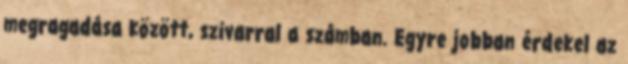
megragadása között, szivarral a számban. Egyre jobban érdekel az